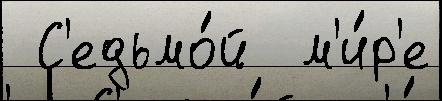
 С'едьмо́й  м'и́р'е